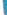
-